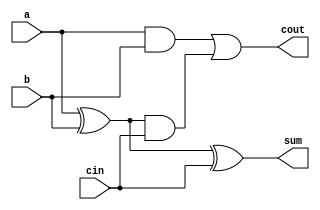
`timescale 1ns / 1ps
//////////////////////////////////////////////////////////////////////////////////
// Company: 
// Engineer: 
// 
// Design Name: 
// Module Name:    single_bit_full_adder 
// Project Name: 
// Target Devices: 
// Tool versions: 
// Description: 
//
// Dependencies: 
//
// Revision: 
// Revision 0.01 - File Created
// Additional Comments: 
//
//////////////////////////////////////////////////////////////////////////////////
module single_bit_full_adder(
    input a,
    input b,
    input cin,
    output sum,
    output cout
    );
	 assign sum = a^b^cin;
	 assign cout = ((a&b) |  ((a^b) & cin)) ;
endmodule